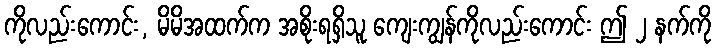
ကိုလည်းကောင်း, မိမိအထက်က အစိုးရရှိသူ ကျေးကျွန်ကိုလည်းကောင်း ဤ ၂ နက်ကို